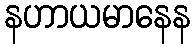
နဟာယမာနေန